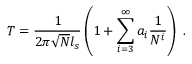
T = \frac { 1 } { 2 \pi \sqrt { N } l _ { s } } \left( 1 + \sum _ { i = 3 } ^ { \infty } a _ { i } \frac { 1 } { N ^ { i } } \right) \ .